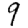
Digit: 9